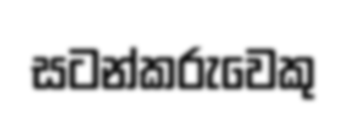
සටන්කරුවෙකු